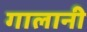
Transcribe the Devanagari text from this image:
गालानी